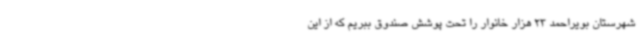
شهرستان بویراحمد 23 هزار خانوار را تحت پوشش صندوق ببریم که از این